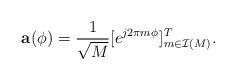
LaTeX: \begin{align*}\mathbf{a}(\phi^{}) = \frac{1}{\sqrt{M}}[e^{j 2\pi m \phi^{}}]^T_{m\in \mathcal{I}(M)} .\end{align*}